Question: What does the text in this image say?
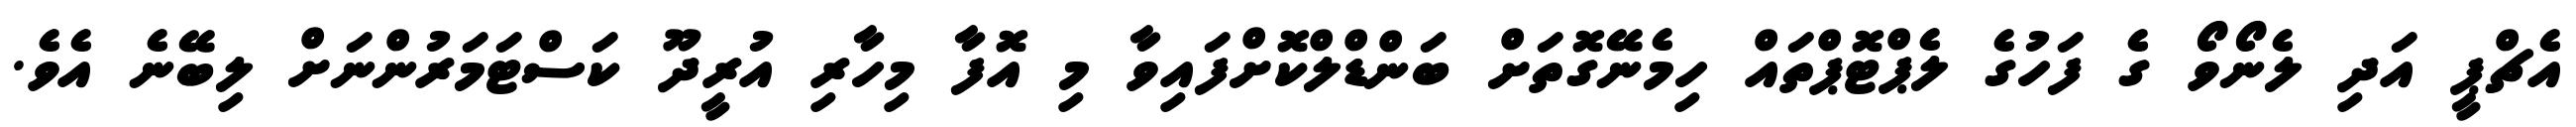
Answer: އެޗްޕީ އަދި ލެނޯވޯ ގެ ފަހުގެ ލެޕްޓޮޕްތައް ހިމެނޭގޮތަށް ބަންޑްލްކޮށްފައިވާ މި އޮފާ މިހާރި އުރީދޫ ކަސްޓަމަރުންނަށް ލިބޭނެ އެވެ.